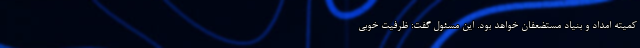
کمیته امداد و بنیاد مستضعفان خواهد بود. این مسئول گفت: ظرفیت خوبی